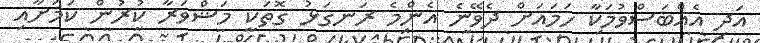
އަދި އެއްބަސްވުމަކާ ހަމައަށް ދެވޭނެ އެންމެ ރަނގަޅު ގޮތަކީ މަޝްވަރާ ކުރުން ކަމަށާއި